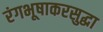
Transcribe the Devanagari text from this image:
रंगभूषाकरसुद्धा